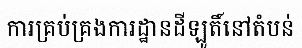
ការគ្រប់គ្រងការដ្ឋានដីឡូតិ៍នៅតំបន់